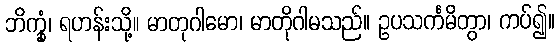
ဘိက္ခုံ၊ ရဟန်းသို့။ မာတုဂါမော၊ မာတိုဂါမသည်။ ဥပသင်္ကမိတွာ၊ ကပ်၍။